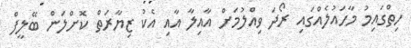
ހިތްގައިމު މާހައުލެއްގައި ރޯދަ ވިއްލުމަށް އާއިލާ އާއި އެކު ޒިޔާރަތް ކޮށްލަން ބޭލީފް